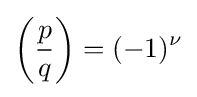
\left({\frac {p}{q}}\right)=(-1)^{\nu }